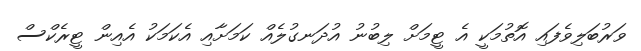
ވަރުބަލިވެފައި އޮތުމަކީ އެ ޓީމަށް ލިބުނު އުދަނގުލެއް ކަމަށާއި އެކަމަކު އެއިން ޓީރެކްސް